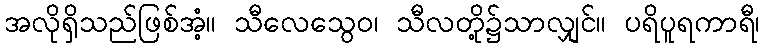
အလိုရှိသည်ဖြစ်အံ့။ သီလေသွေဝ၊ သီလတို့၌သာလျှင်။ ပရိပူရကာရီ၊